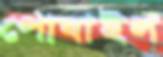
পোষাইল